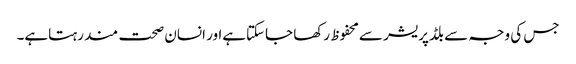
جس کی وجہ سے بلڈپریشر سےمحفوظ رکھا جاسکتاہےاور انسان صحت مند رہتاہے۔